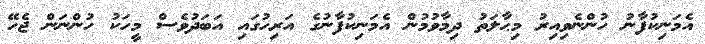
އެމަނިިކުފާނު ހުންނެވިއިރު މިޙާލަތު ދިމާވުމުން އެމަނިކުފާނުގެ އަރިހުގައި އަބަދުވެސް މީހަކު ހުންނަން ޖެހޭ